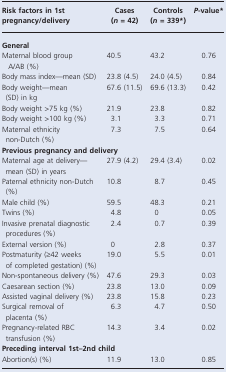
<table><thead><tr><td><b>Risk factors in 1st pregnancy/delivery</b></td><td><b>Cases (<i>n</i> = 42)</b></td><td><b>Controls (<i>n</i> = 339*)</b></td><td><b><i>P</i>-value*</b></td></tr></thead><tbody><tr><td colspan="4"><b>General</b></td></tr><tr><td>Maternal blood group A/AB (%)</td><td>40.5</td><td>43.2</td><td>0.76</td></tr><tr><td>Body mass index—mean (SD)</td><td>23.8 (4.5)</td><td>24.0 (4.5)</td><td>0.84</td></tr><tr><td>Body weight—mean (SD) in kg</td><td>67.6 (11.5)</td><td>69.6 (13.3)</td><td>0.42</td></tr><tr><td>Body weight &gt;75 kg (%)</td><td>21.9</td><td>23.8</td><td>0.82</td></tr><tr><td>Body weight &gt;100 kg (%)</td><td>3.1</td><td>3.3</td><td>0.71</td></tr><tr><td>Maternal ethnicity non-Dutch (%)</td><td>7.3</td><td>7.5</td><td>0.64</td></tr><tr><td colspan="4"><b>Previous pregnancy and delivery</b></td></tr><tr><td>Maternal age at delivery—mean (SD) in years</td><td>27.9 (4.2)</td><td>29.4 (3.4)</td><td>0.02</td></tr><tr><td>Paternal ethnicity non-Dutch (%)</td><td>10.8</td><td>8.7</td><td>0.45</td></tr><tr><td>Male child (%)</td><td>59.5</td><td>48.3</td><td>0.21</td></tr><tr><td>Twins (%)</td><td>4.8</td><td>0</td><td>0.05</td></tr><tr><td>Invasive prenatal diagnostic procedures (%)</td><td>2.4</td><td>0.7</td><td>0.39</td></tr><tr><td>External version (%)</td><td>0</td><td>2.8</td><td>0.37</td></tr><tr><td>Postmaturity (≥42 weeks of completed gestation) (%)</td><td>19.0</td><td>5.5</td><td>0.01</td></tr><tr><td>Non-spontaneous delivery (%)</td><td>47.6</td><td>29.3</td><td>0.03</td></tr><tr><td>Caesarean section (%)</td><td>23.8</td><td>13.0</td><td>0.09</td></tr><tr><td>Assisted vaginal delivery (%)</td><td>23.8</td><td>15.8</td><td>0.23</td></tr><tr><td>Surgical removal of placenta (%)</td><td>6.3</td><td>4.7</td><td>0.50</td></tr><tr><td>Pregnancy-related RBC transfusion (%)</td><td>14.3</td><td>3.4</td><td>0.02</td></tr><tr><td colspan="4"><b>Preceding interval 1st–2nd child</b></td></tr><tr><td>Abortion(s) (%)</td><td>11.9</td><td>13.0</td><td>0.85</td></tr></tbody></table>